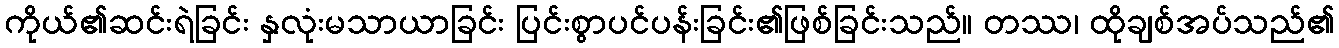
ကိုယ်၏ဆင်းရဲခြင်း နှလုံးမသာယာခြင်း ပြင်းစွာပင်ပန်းခြင်း၏ဖြစ်ခြင်းသည်။ တဿ၊ ထိုချစ်အပ်သည်၏